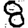
Digit: 8